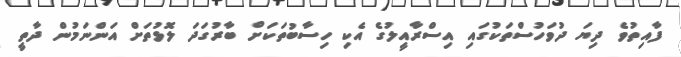
ފާއިތުވެ ދިޔަ ދުވަހުސްތަކުގައި އިސްރާއީލުގެ އެކި ހިސާބުތަކަށް ބާރުގަދަ ލޮޅުތަށް އަންނަމުން ދާތީ